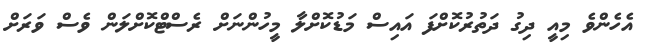
އެހެންވެ މިއީ ދިގު ދަތުރުކޮށްފަ އައިސް މަޑުކޮށްލާ މީހުންނަށް ރެސްޓްކޮށްލަން ވެސް ވަރަށް